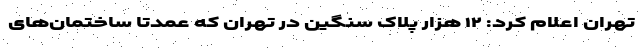
تهران اعلام کرد: ۱۲ هزار پلاک سنگین در تهران که عمدتاً ساختمان‌های